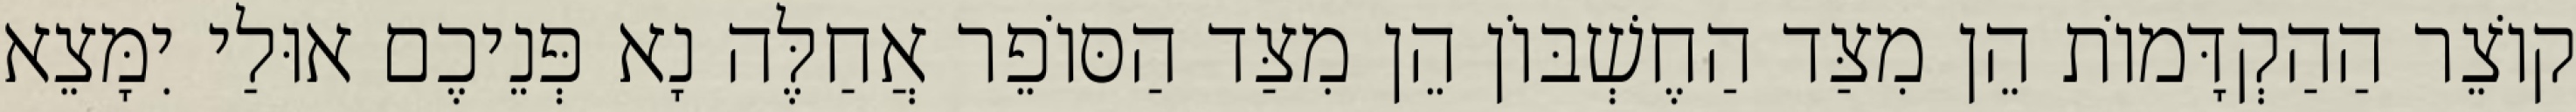
קוֹצֵר הַהַקְדָּמוֹת הֵן מִצַּד הַחֶשְׁבּוֹן הֵן מִצַּד הַסּוֹפֵר אֲחַלֶּה נָא פְּנֵיכֶם אוּלַי יִמָּצֵא